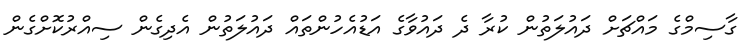
ގާސިމްގެ މައްޗަށް ދައުލަތުން ކުރާ ދެ ދައުވާގެ އަޑުއެހުންތައް ދައުލަތުން އެދިގެން ސިއްރުކޮށްގެން